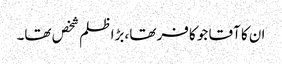
ان کا آقا جو کافر تھا ،بڑا ظلم شخص تھا۔